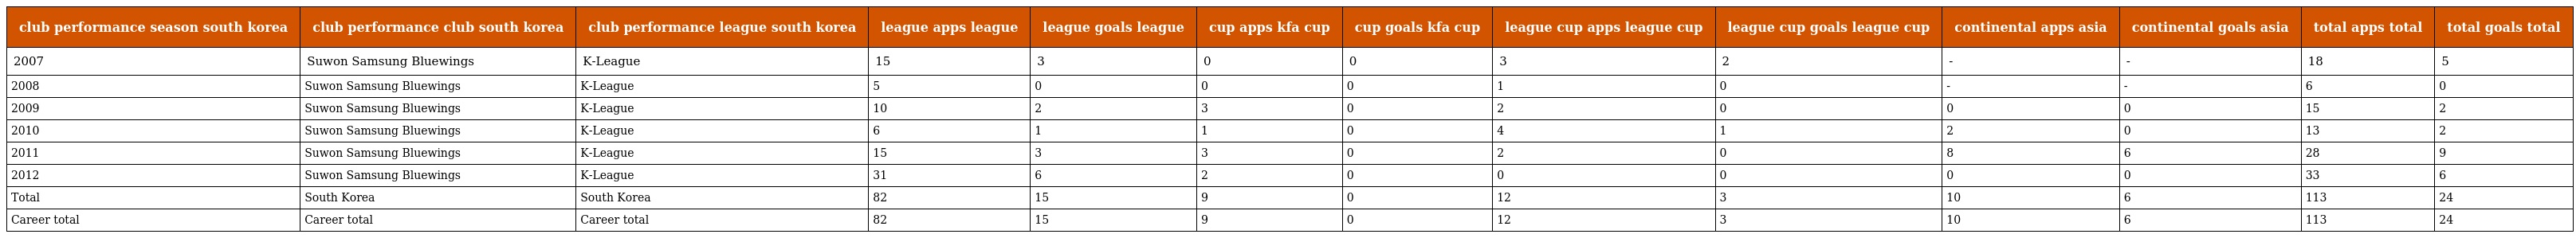
| club performance season south korea | club performance club south korea | club performance league south korea | league apps league | league goals league | cup apps kfa cup | cup goals kfa cup | league cup apps league cup | league cup goals league cup | continental apps asia | continental goals asia | total apps total | total goals total |
 | --- | --- | --- | --- | --- | --- | --- | --- | --- | --- | --- | --- | --- |
 | 2007 | Suwon Samsung Bluewings | K-League | 15 | 3 | 0 | 0 | 3 | 2 | - | - | 18 | 5 |
 | 2008 | Suwon Samsung Bluewings | K-League | 5 | 0 | 0 | 0 | 1 | 0 | - | - | 6 | 0 |
 | 2009 | Suwon Samsung Bluewings | K-League | 10 | 2 | 3 | 0 | 2 | 0 | 0 | 0 | 15 | 2 |
 | 2010 | Suwon Samsung Bluewings | K-League | 6 | 1 | 1 | 0 | 4 | 1 | 2 | 0 | 13 | 2 |
 | 2011 | Suwon Samsung Bluewings | K-League | 15 | 3 | 3 | 0 | 2 | 0 | 8 | 6 | 28 | 9 |
 | 2012 | Suwon Samsung Bluewings | K-League | 31 | 6 | 2 | 0 | 0 | 0 | 0 | 0 | 33 | 6 |
 | Total | South Korea | South Korea | 82 | 15 | 9 | 0 | 12 | 3 | 10 | 6 | 113 | 24 |
 | Career total | Career total | Career total | 82 | 15 | 9 | 0 | 12 | 3 | 10 | 6 | 113 | 24 |